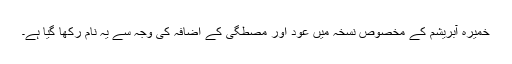
خمیرہ آبریشم کے مخصوص نسخہ میں عود اور مصطگی کے اِضافہ کی وجہ سے یہ نام رکھا گیا ہے۔